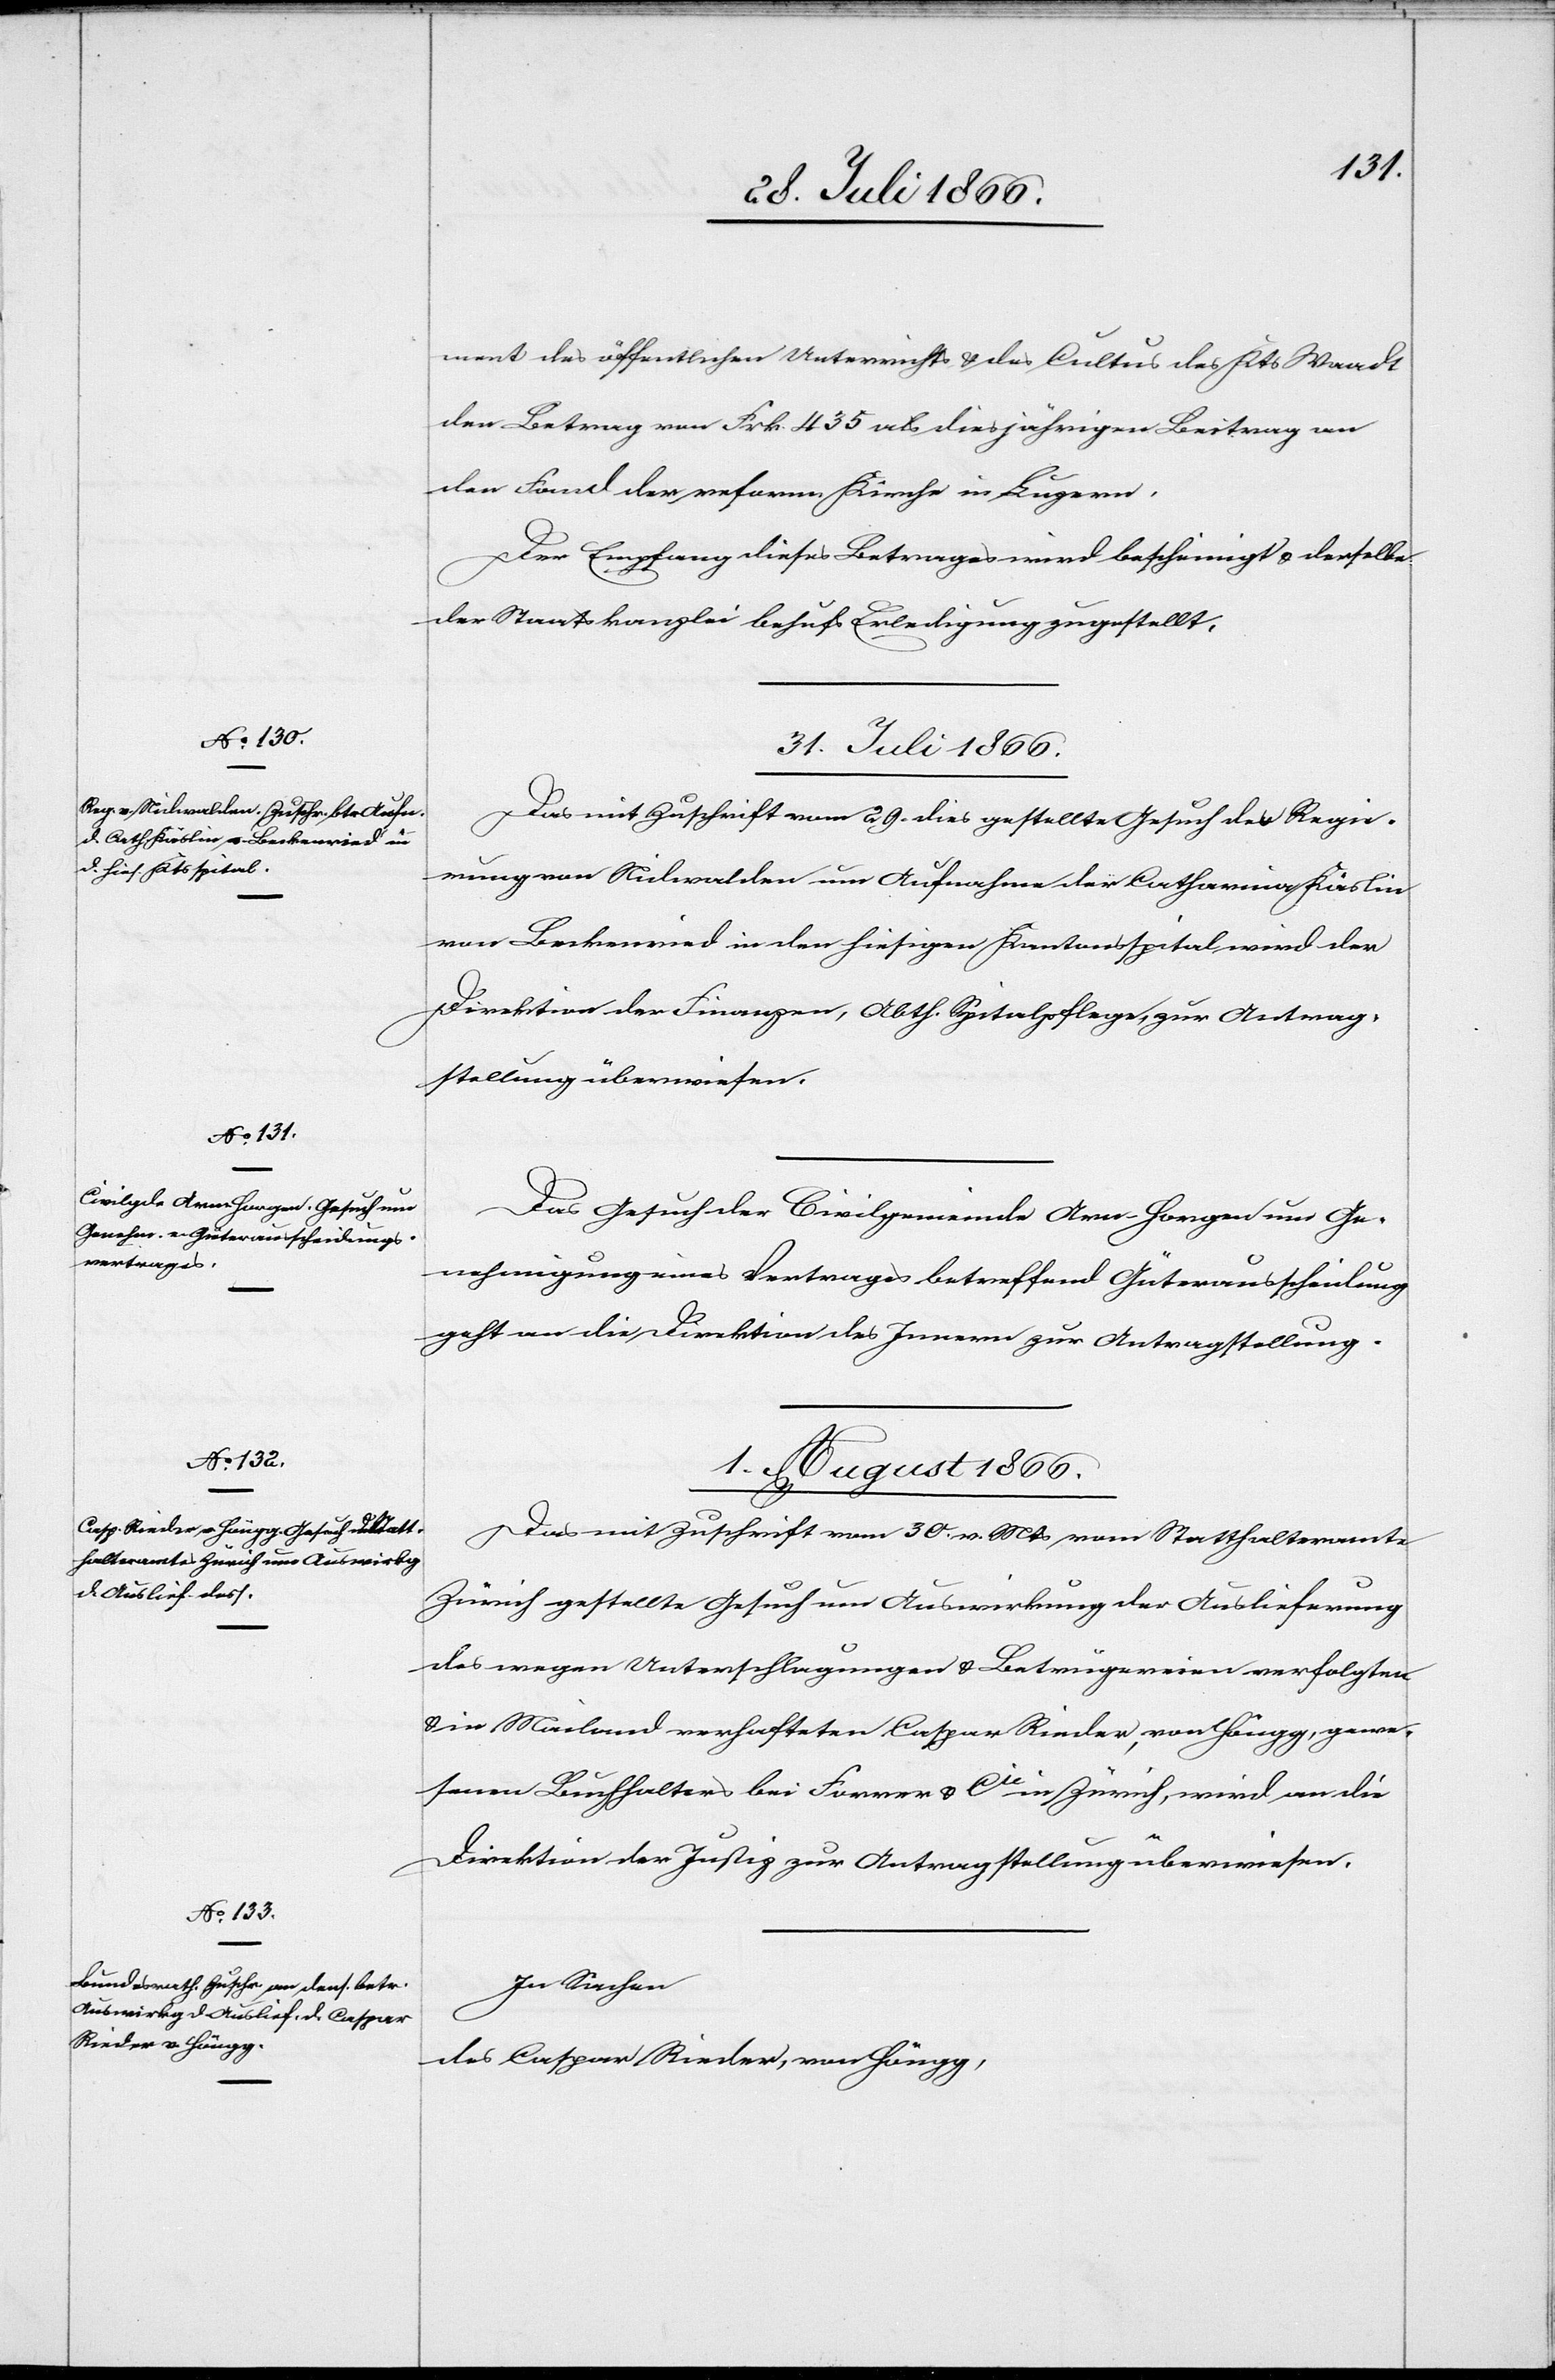
ment des öffentlichen Unterrichts u. des Cultus des Kts. Waadt
den Betrag von Frk. 435 als diesjährigen Beitrag an
den Fond der reform. Kirche in Luzern.
Der Empfang dieses Betrages wird bescheinigt u. derselbe
der Staatskanzlei behufs Erledigung zugestellt.
31. Juli 1866.]
Das mit Zuschrift vom 29. dies gestellte Gesuch der Regie¬
rung von Nidwalden um Aufnahme der Catharina Küblin
von Beckenried in den hiesigen Kantonsspital wird der
Direktion der Finanzen, Abth. Spitalpflege, zur Antrag¬
stellung überwiesen.
Das Gesuch der Civilgemeinde Arn-Horgen um Ge¬
nehmigung eines Vertrages betreffend Güterausscheidung
geht an die Direktion des Innern zur Antragstellung.
1. August. 1866.]
Das mit Zuschrift vom 30. v. Mts vom Statthalteramte
Zürich gestellte Gesuch um Auswirkung der Auslieferung
des wegen Unterschlagungen u. Betrügereien verfolgten
u. in Mailand verhafteten Caspar Rieder, von Höngg, gewe¬
senen Buchhalter bei Forrer u. Cie in Zürich, wird an die
Direktion der Justiz zur Antragstellung überwiesen.
In Sachen
des Caspar Rieder, von Höngg,